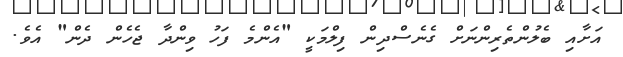
އަށާއި ބެލުންތެރިންނަށް ގެނެސްދިން ފިލްމަކީ "އެންމެ ފަހު ވިންދާ ޖެހެން ދެން" އެވެ.